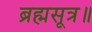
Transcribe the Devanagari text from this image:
ब्रह्मसूत्र॥